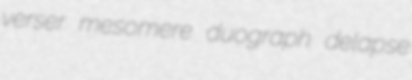
verser mesomere duograph delapse